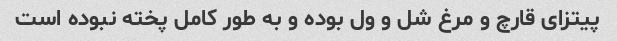
پیتزای قارچ و مرغ شل و ول بوده و به طور کامل پخته نبوده است